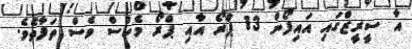
އާ ސީރީޒްގައި އައިފޯން 13 ޕްރޯ އާއި ޕްރޯ މެކްސް ވެސް ތަފާތެވެ.